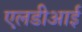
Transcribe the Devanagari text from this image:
एलडीआई